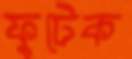
ফুটেক